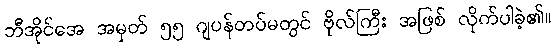
ဘီအိုင်အေ အမှတ် ၅၅ ဂျပန်တပ်မတွင် ဗိုလ်ကြီး အဖြစ် လိုက်ပါခဲ့၏။